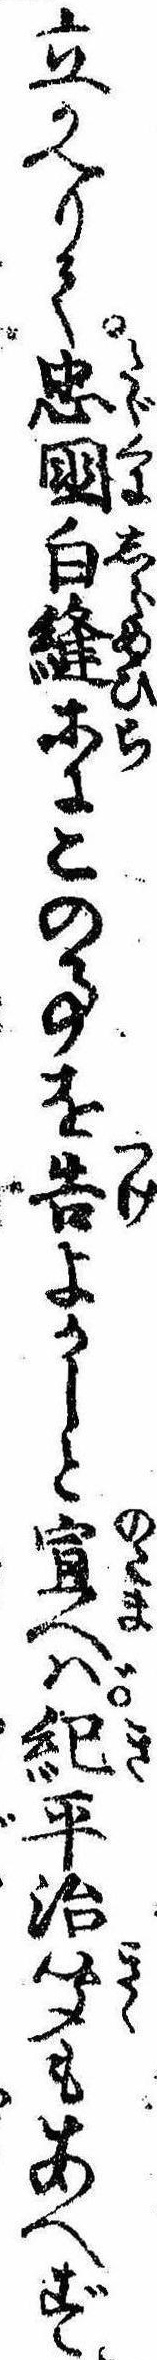
立かへりて忠国白縫等にこの事を告よかしと宣へば紀平治聞もあへず